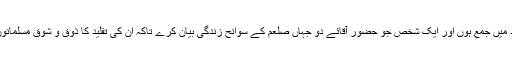
ییعنی مسلمان کثیر تعداد میں جمع ہوں اور ایک شخص جو حضور آقائے دو جہاں صلعم کے سوانح زندگی بیان کرے تاکہ اُن کی تقلید کا ذوق و شوق مسلمانوں کے قلوب میں پیدا ہو۔